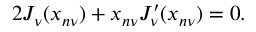
2 J _ { \nu } ( x _ { n \nu } ) + x _ { n \nu } J _ { \nu } ^ { \prime } ( x _ { n \nu } ) = 0 .